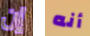
إن أنه